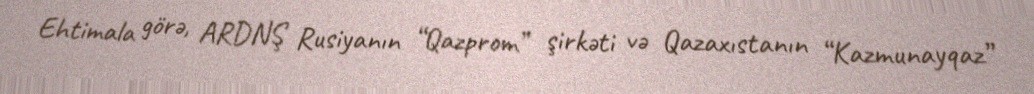
Ehtimala görə, ARDNŞ Rusiyanın “Qazprom” şirkəti və Qazaxıstanın “Kazmunayqaz”